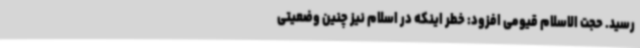
رسید. حجت الاسلام قیومی افزود: خطر اینکه در اسلام نیز چنین وضعیتی